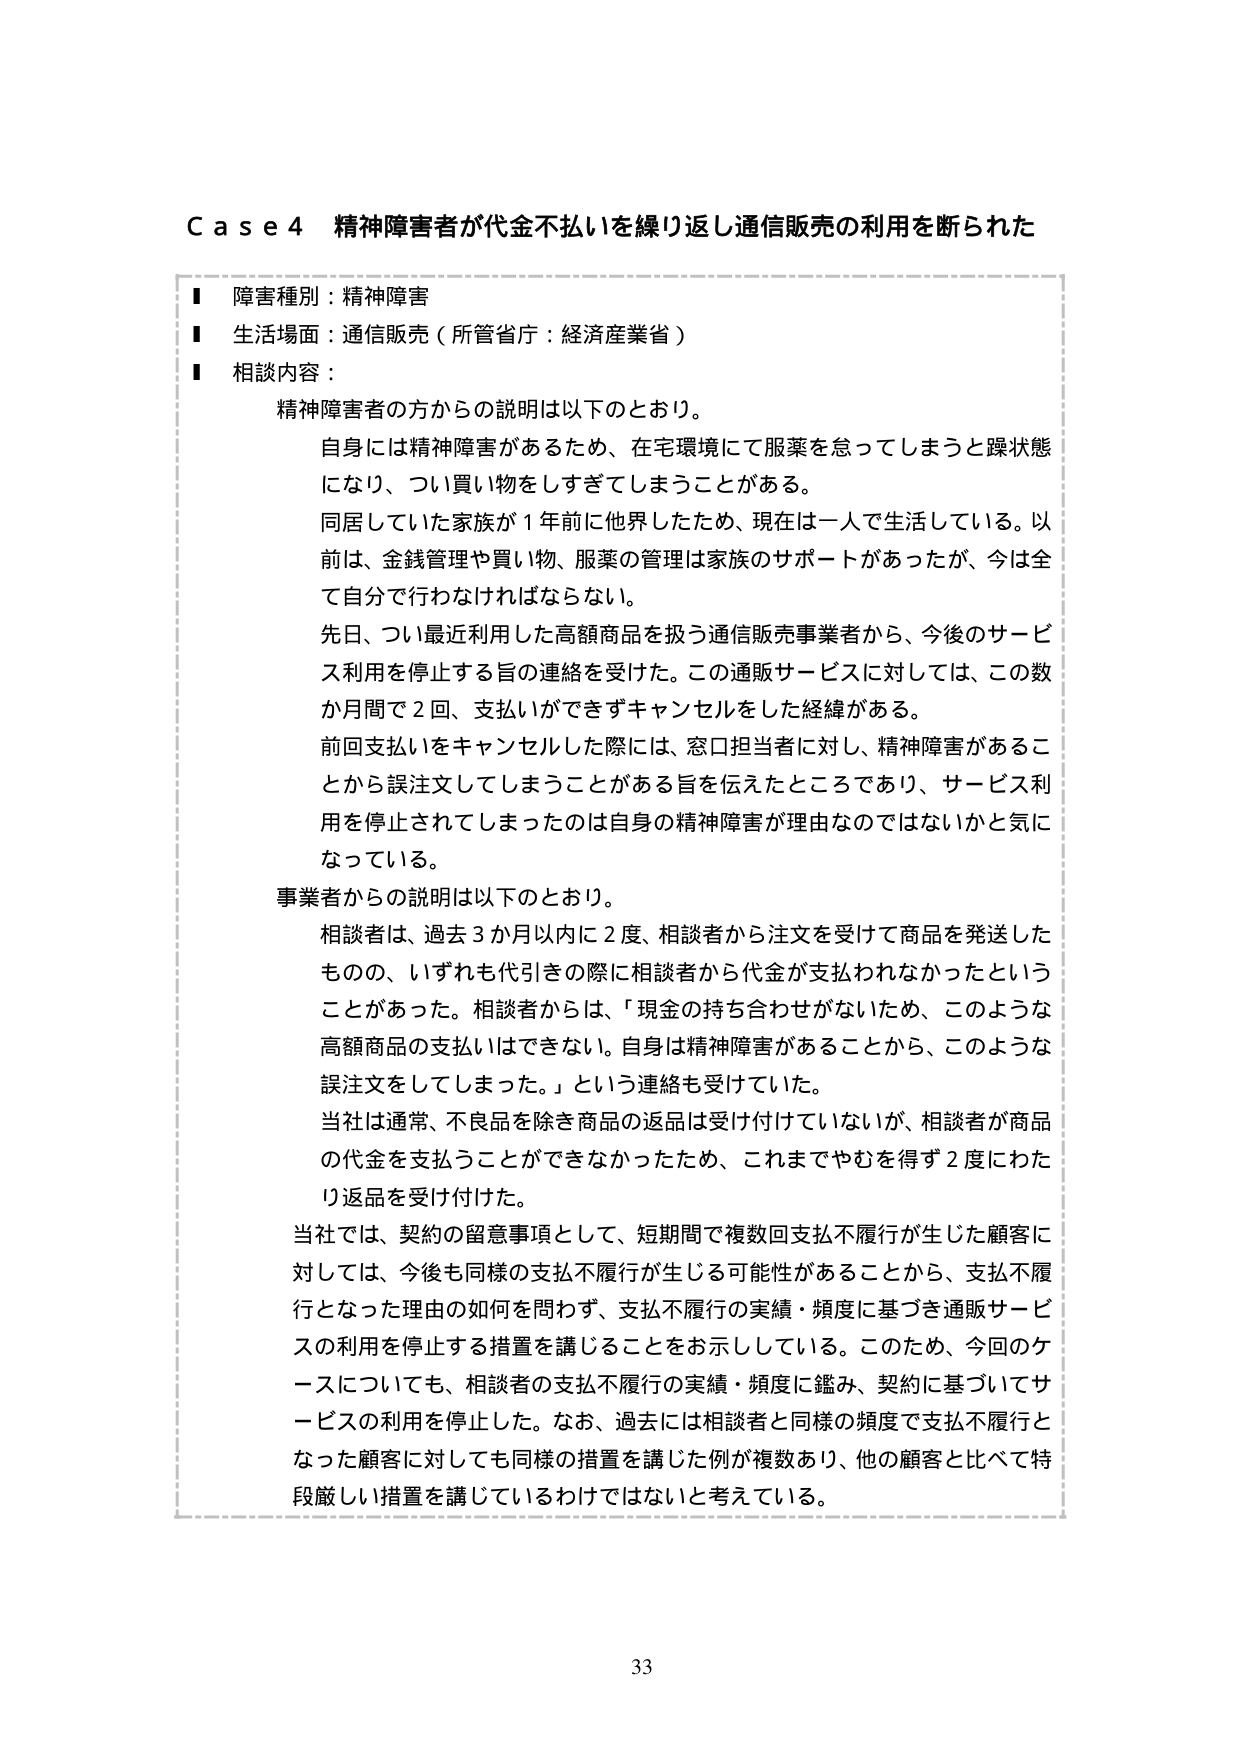
Case4 精神障害者が代金不払いを繰り返し通信販売の利用を断られた

■ 障害種別：精神障害
■ 生活場面：通信販売（所管省庁：経済産業省）
■ 相談内容：

精神障害者の方からの説明は以下のとおり。

自身には精神障害があるため、在宅環境にて服薬を怠ってしまうと躁状態になり、つい買い物をしすぎてしまうことがある。

同居していた家族が1年前に他界したため、現在は一人で生活している。以前は、金銭管理や買い物、服薬の管理は家族のサポートがあったが、今は全て自分で行わなければならない。

先日、つい最近利用した高額商品を扱う通信販売事業者から、今後のサービス利用を停止する旨の連絡を受けた。この通販サービスに対しては、この数か月間で2回、支払いができずキャンセルをした経緯がある。

前回支払いをキャンセルした際には、窓口担当者に対し、精神障害があることから誤注文してしまうことがある旨を伝えたところであり、サービス利用を停止されてしまったのは自身の精神障害が理由なのではないかと気になっている。

事業者からの説明は以下のとおり。

相談者は、過去3か月以内に2度、相談者から注文を受けて商品を発送したものの、いずれも代引きの際に相談者から代金が支払われなかったということがあった。相談者からは、「現金の持ち合わせがないため、このような高額商品の支払いはできない。自身は精神障害があることから、このような誤注文をしてしまった。」という連絡も受けていた。

当社は通常、不良品を除き商品の返品は受け付けていないが、相談者が商品の代金を支払うことができなかったため、これまでやむを得ず2度にわたり返品を受け付けた。

当社では、契約の留意事項として、短期間で複数回支払不履行が生じた顧客に対しては、今後も同様の支払不履行が生じる可能性があることから、支払不履行となった理由の如何を問わず、支払不履行の実績・頻度に基づき通販サービスの利用を停止する措置を講じることをお示ししている。このため、今回のケースについても、相談者の支払不履行の実績・頻度に鑑み、契約に基づいてサービスの利用を停止した。なお、過去には相談者と同様の頻度で支払不履行となった顧客に対しても同様の措置を講じた例が複数あり、他の顧客と比べて特段厳しい措置を講じているわけではないと考えている。

33